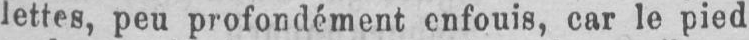
lettes, peu profondément enfouis, car le pied